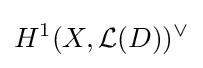
H^{1}(X,{\mathcal {L}}(D))^{\vee }